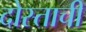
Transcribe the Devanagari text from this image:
दोस्ताची